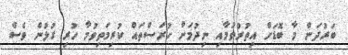
ބަރުދަން މާ ބޮޑަށް އިތުރުވުމާއި ނިދުމަށް ހުރަސްތައް ކުރިމަތިވުމާ ހުރި ގުޅުން ވެސް